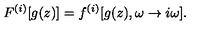
F ^ { ( i ) } [ g ( z ) ] = f ^ { ( i ) } [ g ( z ) , \omega \rightarrow i \omega ] .